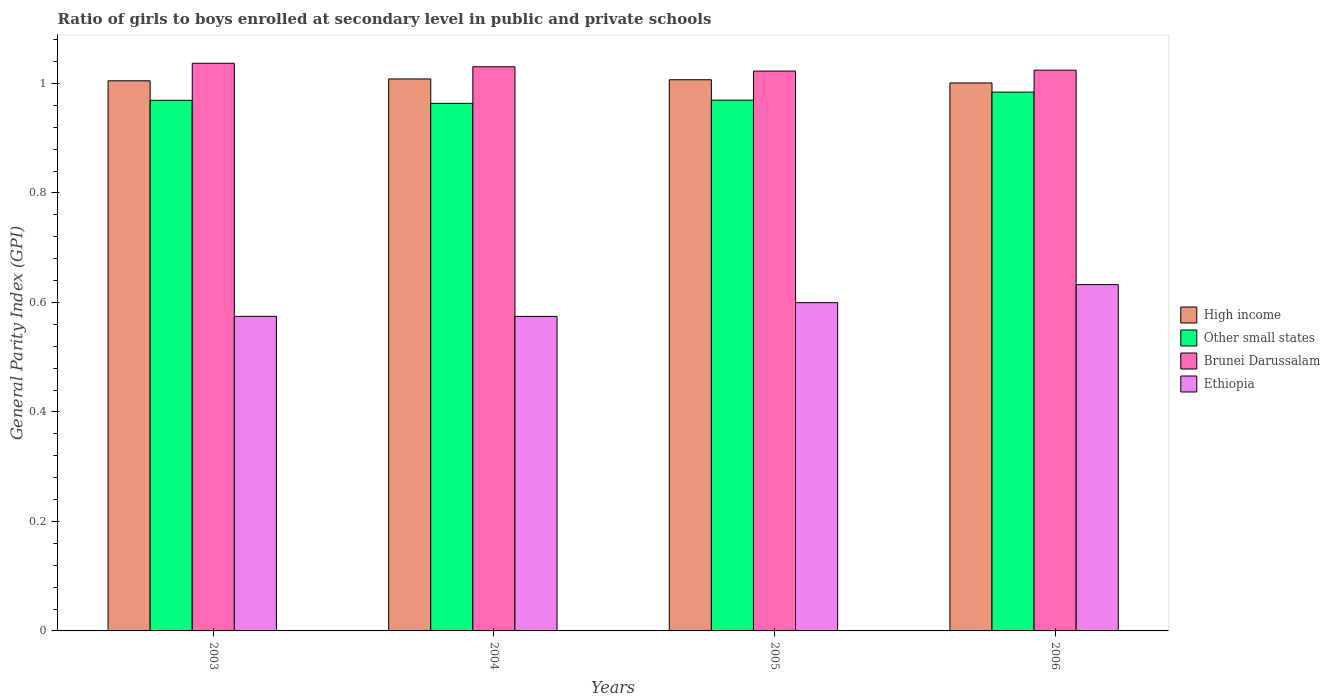
| Years | High income | Other small states | Brunei Darussalam | Ethiopia |
 | --- | --- | --- | --- | --- |
 | 2003 | 1 | 0.969 | 1.04 | 0.575 |
 | 2004 | 1.01 | 0.964 | 1.03 | 0.575 |
 | 2005 | 1.01 | 0.97 | 1.02 | 0.6 |
 | 2006 | 1 | 0.984 | 1.02 | 0.633 |